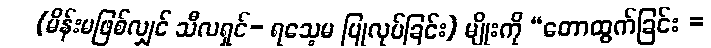
(မိန်းမဖြစ်လျှင် သီလရှင်- ရသေ့မ ပြုလုပ်ခြင်း) မျိုးကို “တောထွက်ခြင်း =